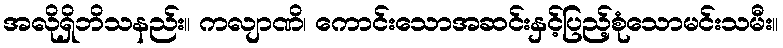
အလိုရှိဘိသနည်း။ ကလျာဏိ၊ ကောင်းသောအဆင်းနှင့်ပြည့်စုံသောမင်းသမီး။